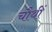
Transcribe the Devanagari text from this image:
चौथीं